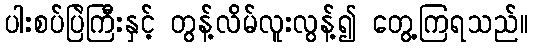
ပါးစပ်ပြဲကြီးနှင့် တွန့်လိမ်လူးလွန့်၍ တွေ့ကြရသည်။